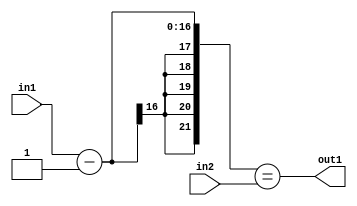
`timescale 1ps / 1ps
/*****************************************************************************
    Verilog RTL Description
    
    
    Created by: Stratus DpOpt 2019.1.01 
*******************************************************************************/

module st_feature_addr_gen_EqSubi1u16u16_4_2 (
	in2,
	in1,
	out1
	); /* architecture "behavioural" */ 
input [15:0] in2,
	in1;
output  out1;
wire  asc001;
wire [16:0] asc003;

assign asc003 = 
	+(in1)
	-(17'B00000000000000001);

assign asc001 = ({{5{asc003[16]}}, asc003}==in2);

assign out1 = asc001;
endmodule

/* CADENCE  uLDxTwE= : u9/ySgnWtBlWxVPRXgAZ4Og= ** DO NOT EDIT THIS LINE ******/